Vaccination in Burma 1900-1911 - 1900-1911
Year: 1900
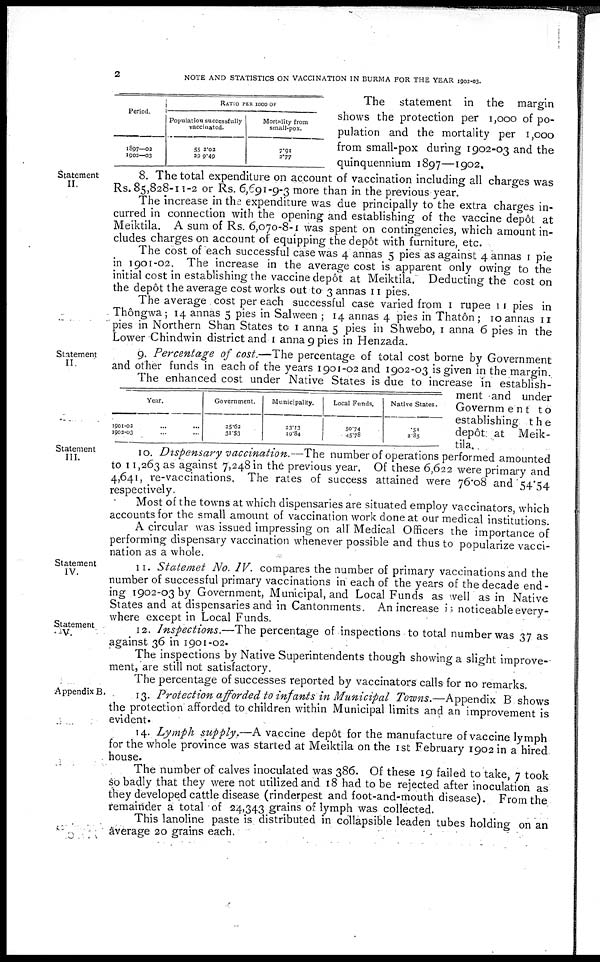
2
NOTE AND STATISTICS ON VACCINATION IN BURMA FOR THE YEAR 1902-03.
Period.
1897—02
1902—03
RATIO PER 1000 OF
Population successfully
vaccinated.
55 2.02
39 9.49
Mortality from
small-pox.
7.91
2.77
The statement in the margin
shows the protection per 1,000 of po-
pulation and the mortality per 1,000
from small-pox during 1902-03 and the
quinquennium 1897—1902.
Statement
II.
8. The total expenditure on account of vaccination including all charges was
Rs. 85,828-11-2 or Rs. 6,691-9-3 more than in the previous year.
The increase in the expenditure was due principally to the extra charges in-
curred in connection with the opening and establishing of the vaccine depôt at
Meiktila. A sum of Rs. 6,070-8-1 was spent on contingencies, which amount in-
cludes charges on account of equipping the depôt with furniture, etc.
The cost of each successful case was 4 annas 5 pies as against 4 annas 1 pie
in 1901-02. The increase in the average cost is apparent only owing to the
initial cost in establishing the vaccine depot at Meiktila. Deducting the cost on
the depôt the average cost works out to 3 annas 11 pies.
The average cost per each successful case varied from 1 rupee 11 pies in
Thôngwa; 14 annas 5 pies in Salween ; 14 annas 4 pies in Thatôn ; 10 annas 11
pies in Northern Shan States to 1 anna 5 pies in Shwebo, 1 anna 6 pies in the
Lower Chindwin district and 1 anna 9 pies in Henzada.
Statement
II.
Year.
1901-02...
1902-03...
Government.
25.62
31.53
Municipality.
23.13
19.84
Local Funds.
50.74
45.78
Native States.
.51
2.85
9. Percentage of cost.—The percentage of total cost borne by Government
and other funds in each of the years 1901-02 and 1902-03 is given in the margin.
The enhanced cost under Native States is due to increase in establish-
ment and under
Government to
establishing the
depôt at Meik-
tila.
Statement
III.
10. Dispensary vaccination.—The number of operations performed amounted
to 11,263 as against 7,248 in the previous year. Of these 6,622 were primary and
4,641, re-vaccinations. The rates of success attained were 76.08 and 54.54
respectively.
Most of the towns at which dispensaries are situated employ vaccinators, which
accounts for the small amount of vaccination work done at our medical institutions.
A circular was issued impressing on all Medical Officers the importance of
performing dispensary vaccination whenever possible and thus to popularize vacci-
nation as a whole.
Statement
IV.
11. Statemet No. IV. compares the number of primary vaccinations and the
number of successful primary vaccinations in each of the years of the decade end-
ing 1902-03 by Government, Municipal, and Local Funds as well as in Native
States and at dispensaries and in Cantonments. An increase is noticeable every-
where except in Local Funds.
Statement
V.
12. Inspections.—The percentage of inspections to total number was 37 as
against 36 in
1901-02.
The inspections by Native Superintendents though showing a slight improve-
ment, are still not satisfactory.
The percentage of successes reported by vaccinators calls for no remarks.
Appendix B.
13. Protection afforded to infants in Municipal Towns.—Appendix B shows
the protection afforded to children within Municipal limits and an improvement is
evident.
14. Lymph supply.—A vaccine depôt for the manufacture of vaccine lymph
for the whole province was started at Meiktila on the 1st February 1902 in a hired
house.
The number of calves inoculated was 386. Of these 19 failed to take, 7 took
so badly that they were not utilized and 18 had to be rejected after inoculation as
they developed cattle disease (rinderpest and foot-and-mouth disease). From the
remainder a total of 24,343 grains of lymph was collected.
This lanoline paste is distributed in collapsible leaden tubes holding on an
average 20 grains each.